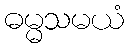
ဓမ္မသမယံ